Indian journal of veterinary science and animal husbandry - Volumes 28-29, 1958-1959
Year: 1958
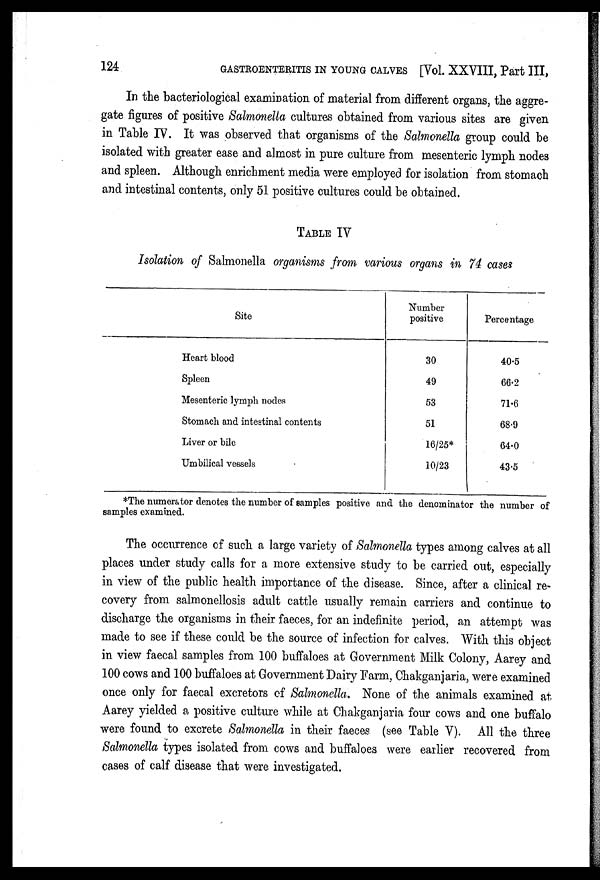
124
GASTROENTERITIS IN YOUNG CALVES [Vol. XXVIII, Part III,
In the bacteriological examination of material from different organs, the aggre-
gate figures of positive Salmonella cultures obtained from various sites are given
in Table IV. It was observed that organisms of the Salmonella group could be
isolated with greater ease and almost in pure culture from mesenteric lymph nodes
and spleen. Although enrichment media were employed for isolation from stomach
and intestinal contents, only 51 positive cultures could be obtained.
TABLE IV
Isolation of Salmonella organisms from various organs in 74 cases
Site
Heart blood
Spleen
Mesenteric lymph nodes
Stomach and intestinal contents
Liver or bile
Umbilical vessels
Number
positive
30
49
53
51
16/25*
10/23
Percentage
40.5
66.2
71.6
68.9
64.0
43.5
*The numerator denotes the number of samples positive and the denominator the number of
samples examined.
The occurrence of such a large variety of Salmonella types among calves at all
places under study calls for a more extensive study to be carried out, especially
in view of the public health importance of the disease. Since, after a clinical re-
covery from salmonellosis adult cattle usually remain carriers and continue to
discharge the organisms in their faeces, for an indefinite period, an attempt was
made to see if these could be the source of infection for calves. With this object
in view faecal samples from 100 buffaloes at Government Milk Colony, Aarey and
100 cows and 100 buffaloes at Government Dairy Farm, Chakganjaria, were examined
once only for faecal excretors of Salmonella. None of the animals examined at
Aarey yielded a positive culture while at Chakganjaria four cows and one buffalo
were found to excrete Salmonella in their faeces (see Table V). All the three
Salmonella types isolated from cows and buffaloes were earlier recovered from
cases of calf disease that were investigated.